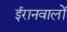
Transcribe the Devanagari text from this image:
ईरानवालों